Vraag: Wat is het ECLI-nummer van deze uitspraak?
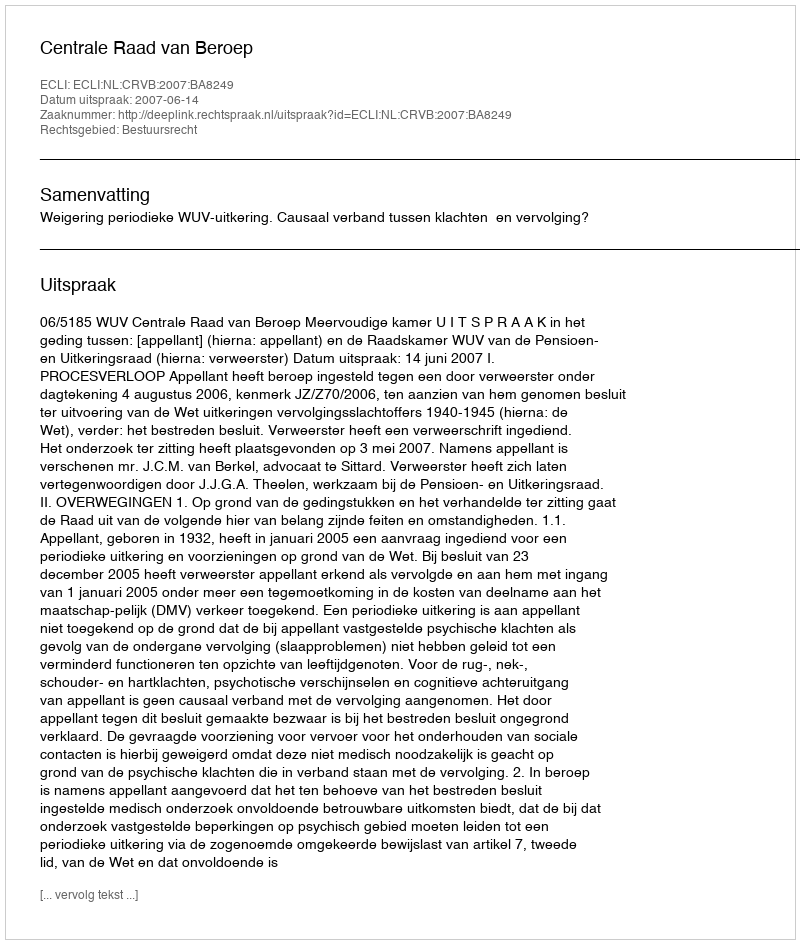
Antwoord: ECLI:NL:CRVB:2007:BA8249